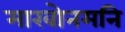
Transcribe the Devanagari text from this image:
माखोनमनि